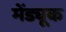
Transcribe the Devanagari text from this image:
मेंड्यूक